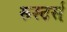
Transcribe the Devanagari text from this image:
रूस्टर्स